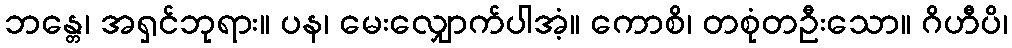
ဘန္တေ၊ အရှင်ဘုရား။ ပန၊ မေးလျှောက်ပါအံ့။ ကောစိ၊ တစုံတဦးသော။ ဂိဟီပိ၊